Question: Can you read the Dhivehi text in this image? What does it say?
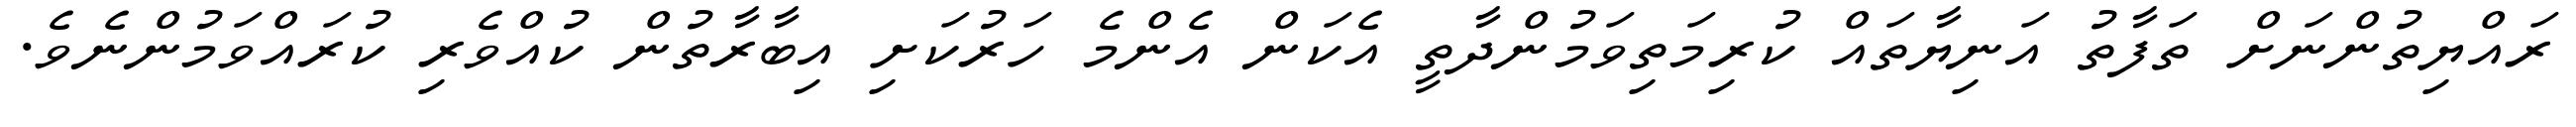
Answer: ރައްޔިތުންނަށް ތަފާތު އަނިޔާތައް ކުރިމަތިވަމުންދާތީ އެކަން އެންމެ ހަރުކަށި އިބާރާތުން ކުއްވެރި ކުރައްވަމުންނެވެ.